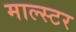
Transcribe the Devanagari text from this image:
माल्स्टर